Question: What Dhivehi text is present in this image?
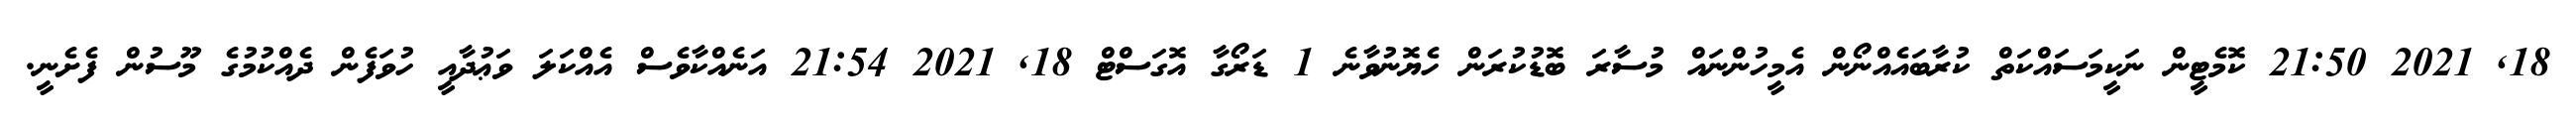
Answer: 18, 2021 21:50 ކޮމެޓީން ނަކީމަސައްކަތް ކުރާބައެއްނޯން އެމީހުންނައް މުސާރަ ބޮޑުކުރަން ހެޔޮނުވާނެ 1 ޑަރޯގާ އޮގަސްޓް 18, 2021 21:54 އަނެއްކާވެސް އެއްކަލަ ވަޢުދާއީ ހުވަފެން ދެއްކުމުގެ މޫސުން ފެށެނީ.